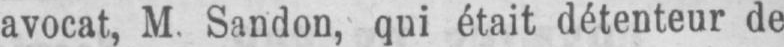
avocat, M. Sandon, qui était détenteur de